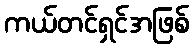
ကယ်တင်ရှင်အဖြစ်